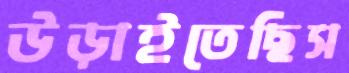
উড়াইতেছিস